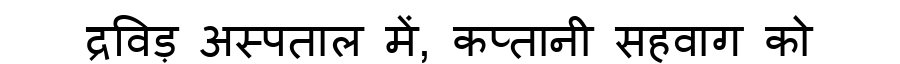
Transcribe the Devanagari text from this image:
द्रविड़ अस्पताल में, कप्तानी सहवाग को